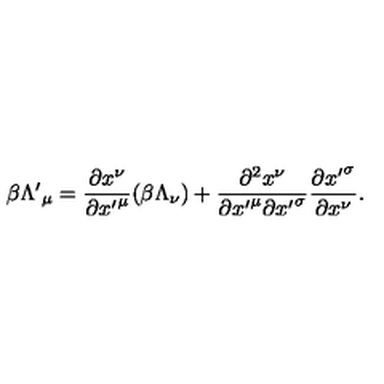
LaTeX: \beta { \Lambda ^ { \prime } } _ { \mu } = \frac { \partial x ^ { \nu } } { \partial { x ^ { \prime } } ^ { \mu } } ( \beta \Lambda _ { \nu } ) + \frac { \partial ^ { 2 } x ^ { \nu } } { { \partial { x ^ { \prime } } ^ { \mu } } { \partial { x ^ { \prime } } ^ { \sigma } } } \frac { \partial { x ^ { \prime } } ^ { \sigma } } { \partial x ^ { \nu } } .